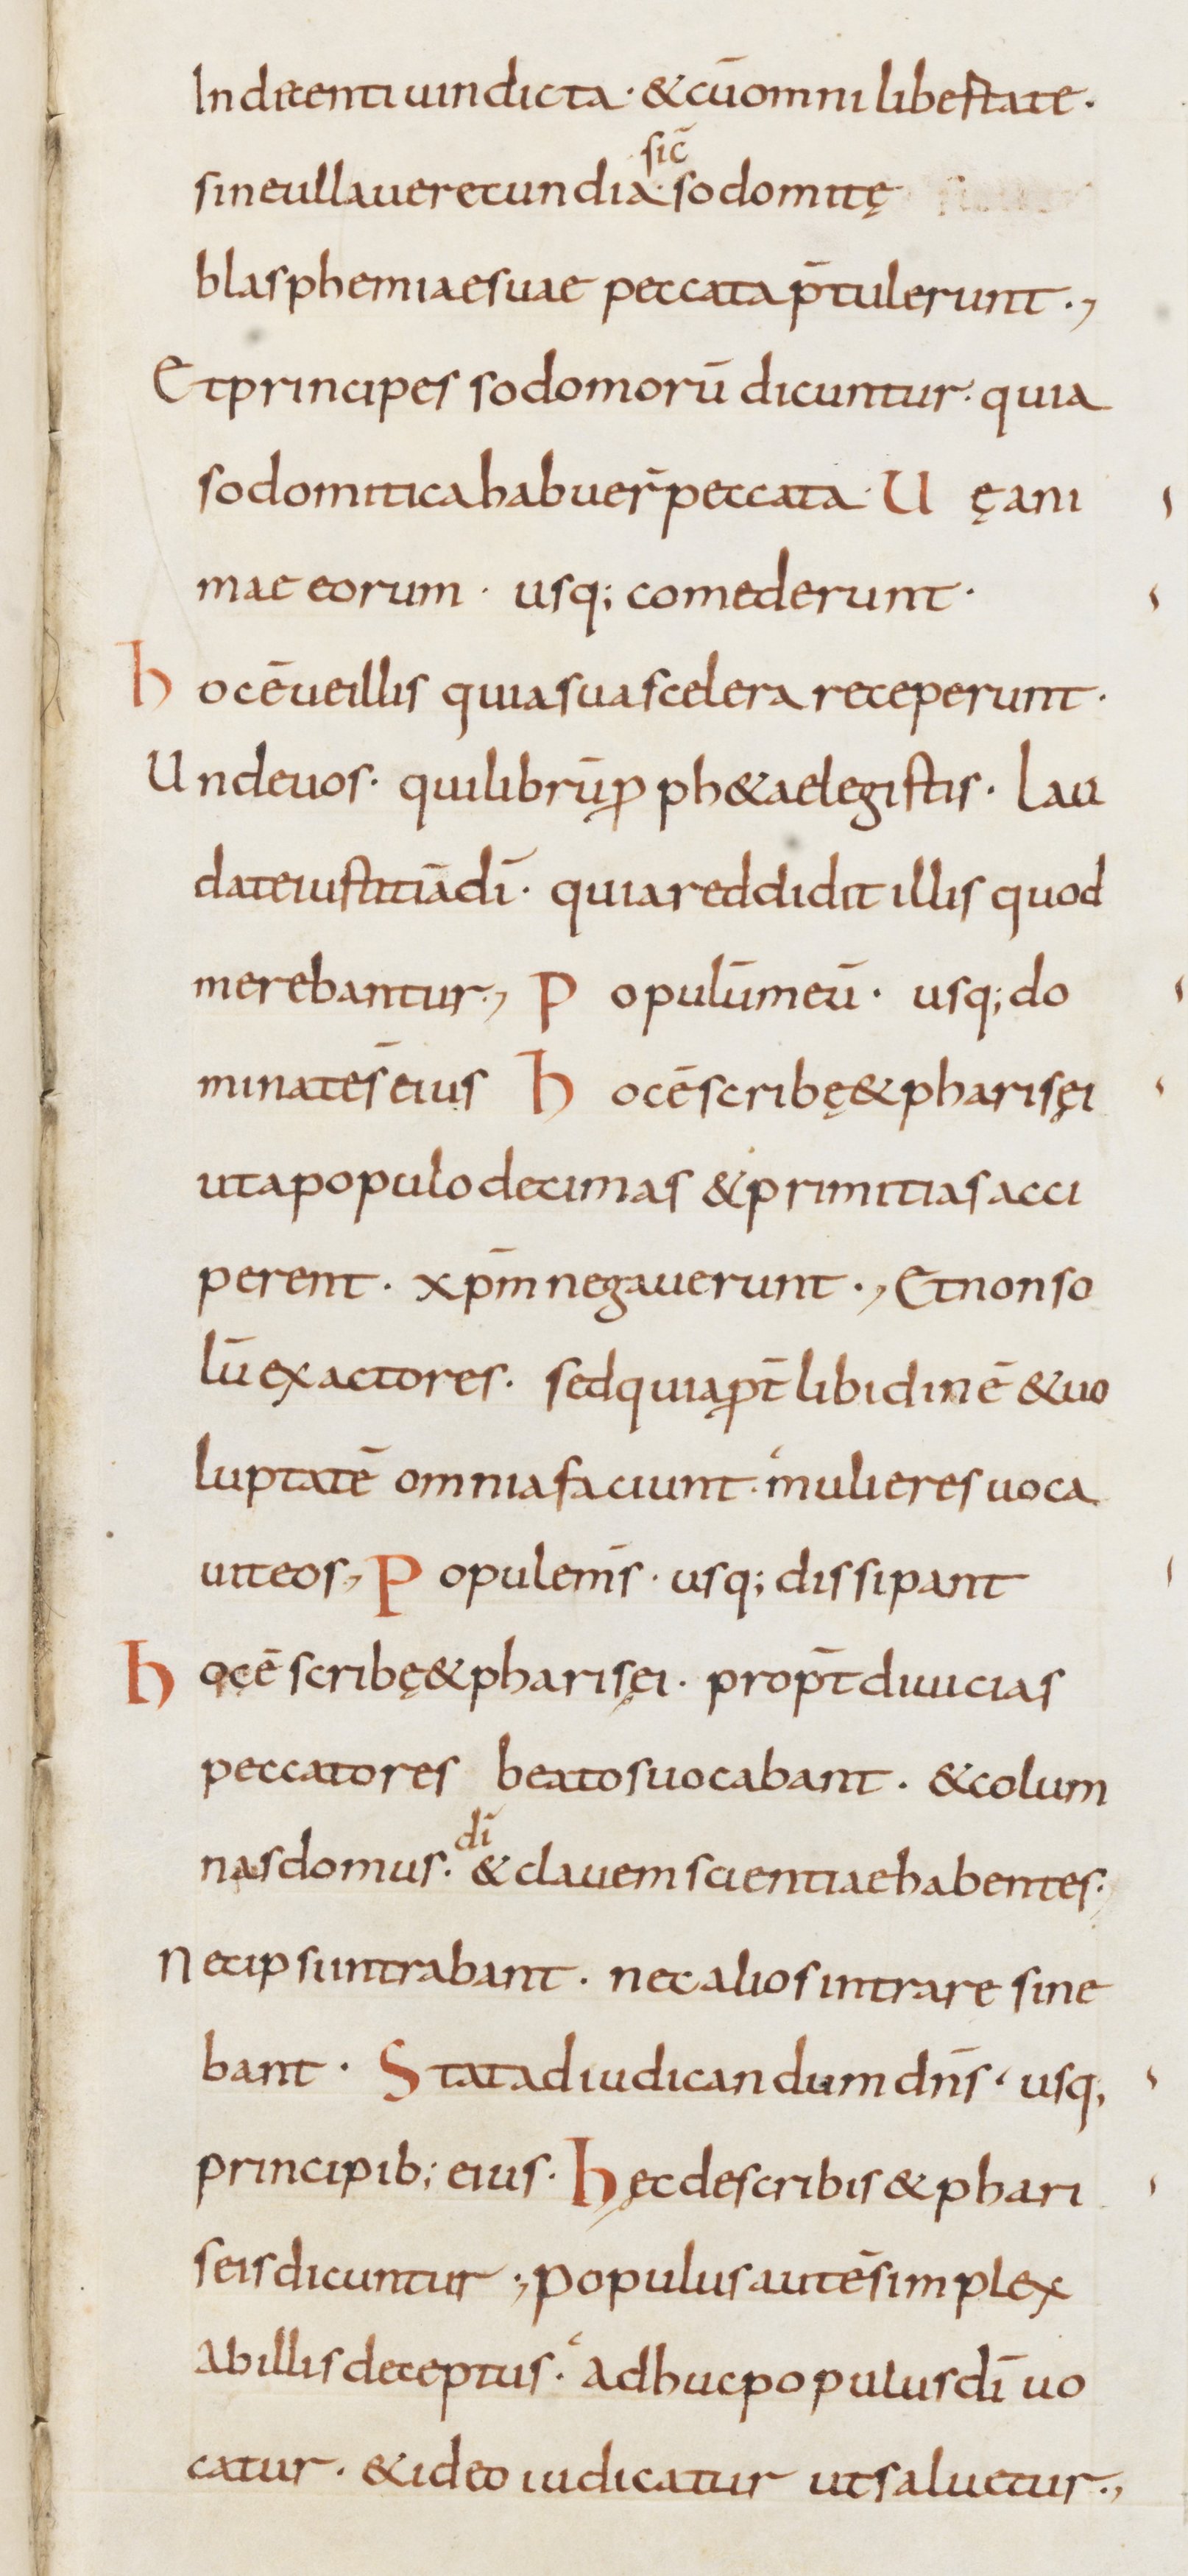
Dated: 800–899